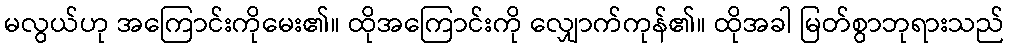
မလွယ်ဟု အကြောင်းကိုမေး၏။ ထိုအကြောင်းကို လျှောက်ကုန်၏။ ထိုအခါ မြတ်စွာဘုရားသည်